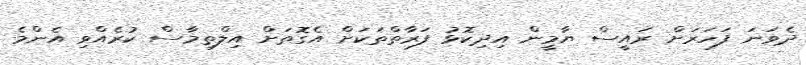
ދެވަނަ ފަހަރަށް ރައީސް ޔާމީން އިދިކޮޅު ފަރާތްތަކަށް އެގޮތަށް އިލްތިމާސް ކުރެއްވި އެންމެ